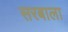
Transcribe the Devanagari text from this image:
सरबाला